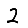
Digit: 2